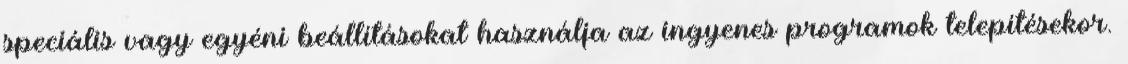
speciális vagy egyéni beállításokat használja az ingyenes programok telepítésekor.